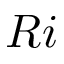
R i